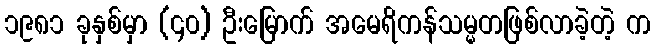
၁၉၈၁ ခုနှစ်မှာ (၄၀) ဦးမြောက် အမေရိကန်သမ္မတဖြစ်လာခဲ့တဲ့ က